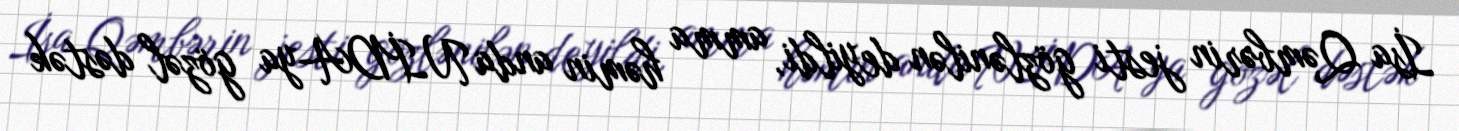
İsa Qəmbərin jesti gözlənilən deyildi, amma həmin anda NİDA-ya gözəl dəstək